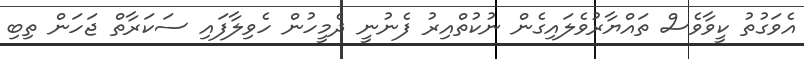
އެވަގުތު ކީވާވެސް ތައްޔާރުވެލައިގެން ނުކުތްއިރު ފެނުނީ ދެމީހުން ހެވިލާފައި ސަކަރާތް ޖަހަން ތިބި